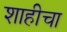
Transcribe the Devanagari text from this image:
शाहीचा